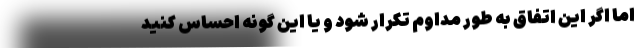
اما اگر این اتفاق به طور مداوم تکرار شود و یا این گونه احساس کنید